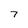
Character: 7